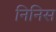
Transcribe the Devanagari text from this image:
निनिस